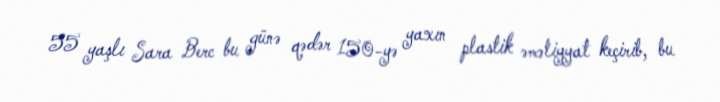
55 yaşlı Sara Berc bu günə qədər 150-yə yaxın plastik əməliyyat keçirib, bu